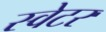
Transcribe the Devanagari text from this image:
स्‍वेटर